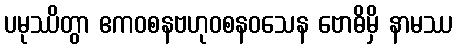
ပမုဿိတွာ ဧကဝစနဗဟုဝစနဝသေန ဗောဓိမှိ နာမဿ